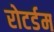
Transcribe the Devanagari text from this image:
रोटर्डम